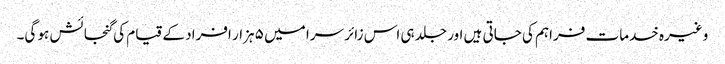
وغیرہ خدمات فراہم کی جاتی ہیں اور جلد ہی اس زائر سرا میں ۵ ہزار افراد کے قیام کی گنجائش ہو گی۔